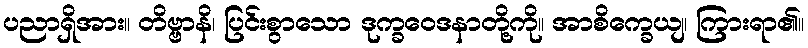
ပညာရှိအား။ တိဗ္ဗာနိ၊ ပြင်းစွာသော ဒုက္ခဝေဒနာတို့ကို။ အာစိက္ခေယျ၊ ကြားရာ၏။